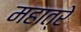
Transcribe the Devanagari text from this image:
महात्रे